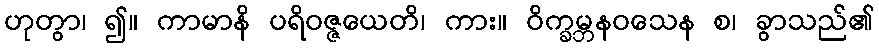
ဟုတွာ၊ ၍။ ကာမာနိ ပရိဝဇ္ဇယေတိ၊ ကား။ ဝိက္ခမ္ဘနဝသေန စ၊ ခွာသည်၏